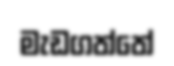
මැඩගත්තේ